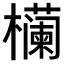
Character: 𬅉